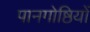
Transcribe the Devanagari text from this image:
पानगोष्ठियों